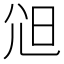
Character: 𡯒